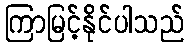
ကြာမြင့်နိုင်ပါသည်